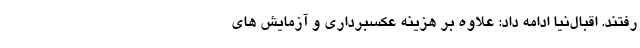
رفتند. اقبال‌نیا ادامه داد: علاوه بر هزینه عکسبرداری و آزمایش های